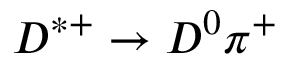
D ^ { * + } \to D ^ { 0 } \pi ^ { + }